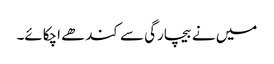
میں نے بیچارگی سے کندھے اچکائے۔